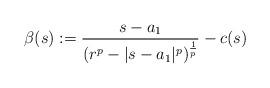
LaTeX: \begin{align*}\beta(s):=\frac{s-a_{1}}{(r^{p}-|s-a_{1}|^{p})^{\frac{1}{p}}}-c(s)\end{align*}